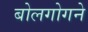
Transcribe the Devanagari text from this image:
बोलगोगने